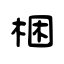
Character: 梱